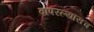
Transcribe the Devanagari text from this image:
वापरल्यासच